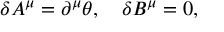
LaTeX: \delta A ^ { \mu } = \partial ^ { \mu } \theta , \quad \delta B ^ { \mu } = 0 ,